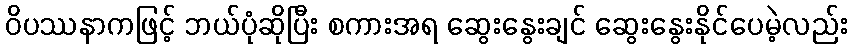
ဝိပဿနာကဖြင့် ဘယ်ပုံဆိုပြီး စကားအရ ဆွေးနွေးချင် ဆွေးနွေးနိုင်ပေမဲ့လည်း